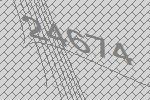
24674